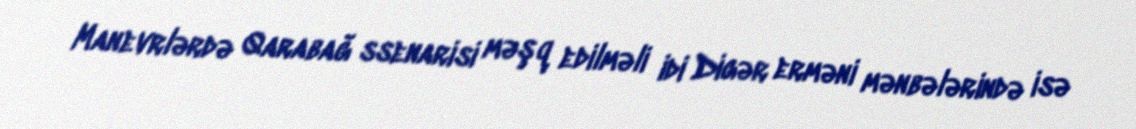
Manevrlərdə Qarabağ ssenarisi məşq edilməli idi Digər erməni mənbələrində isə